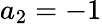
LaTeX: a_{2}=-1